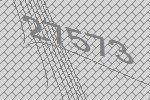
27573